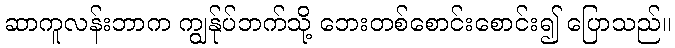
ဆာကူလန်းဘာက ကျွန်ုပ်ဘက်သို့ ဘေးတစ်စောင်းစောင်း၍ ပြောသည်။